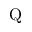
\mathrm { Q }